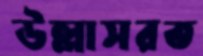
উল্লাসরত